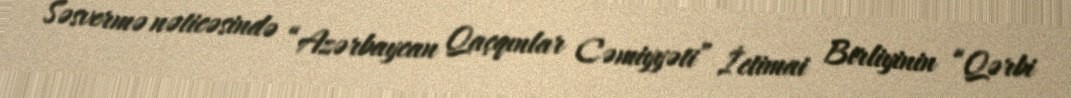
Səsvermə nəticəsində “Azərbaycan Qaçqınlar Cəmiyyəti” İctimai Birliyinin “Qərbi